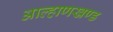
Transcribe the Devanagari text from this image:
आल्हाणखण्ड